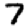
Digit: 7